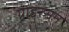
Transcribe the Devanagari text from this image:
ग्राइरसन